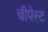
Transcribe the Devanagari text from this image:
चीपेस्ट